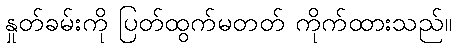
နှုတ်ခမ်းကို ပြတ်ထွက်မတတ် ကိုက်ထားသည်။